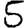
Digit: 5